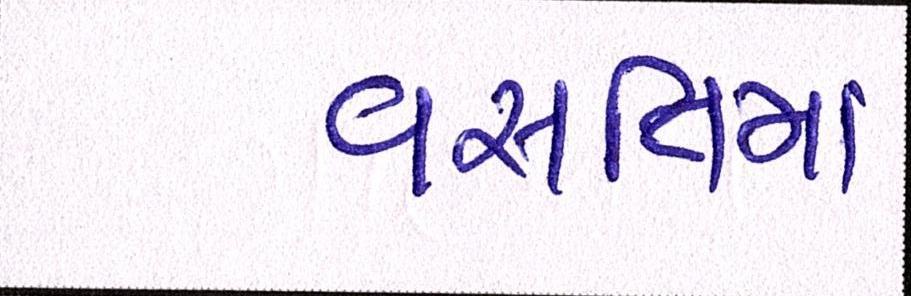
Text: વસતિમાં